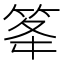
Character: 䇨